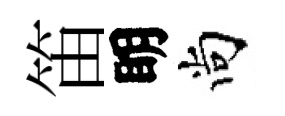
笛眀尚